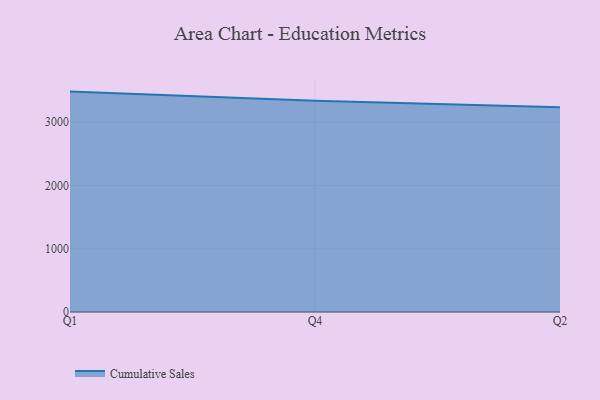
{"axis": {"x": "Quarter", "y": "Operating Costs (USD K)"}, "legend": ["Cumulative Sales"], "data": [{"x": "Q1", "y": 3482.6, "type": "Cumulative Sales"}, {"x": "Q4", "y": 3336.3, "type": "Cumulative Sales"}, {"x": "Q2", "y": 3234.1, "type": "Cumulative Sales"}]}